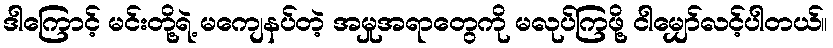
ဒါကြောင့် မင်းတို့ရဲ့ မကျေနပ်တဲ့ အမှုအရာတွေကို မလုပ်ကြဖို့ ငါမျှော်လင့်ပါတယ်။